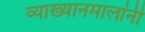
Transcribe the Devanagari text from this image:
व्याख्यानमालांनी